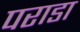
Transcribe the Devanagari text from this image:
पराडा